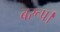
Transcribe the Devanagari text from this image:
बरूप।